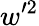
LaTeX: w^{\prime 2}